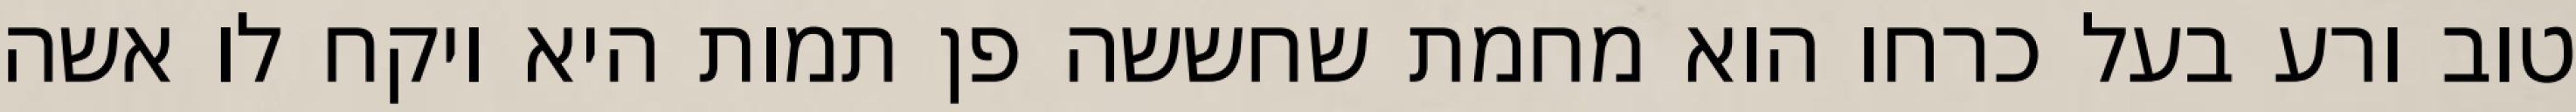
טוב ורע בעל כרחו הוא מחמת שחששה פן תמות היא ויקח לו אשה